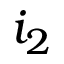
i _ { 2 }